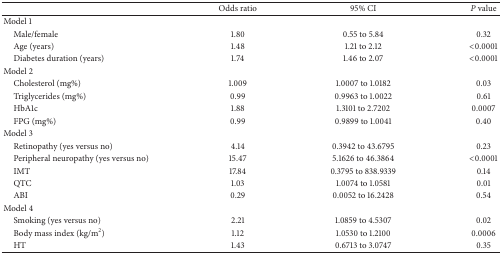
|  | Odds ratio | 95% CI | P value |
 | --- | --- | --- | --- |
 | Model 1 |  |  |  |
 | Male/female | 1.80 | 0.55 to 5.84 | 0.32 |
 | Age (years) | 1.48 | 1.21 to 2.12 | <0.0001 |
 | Diabetes duration (years) | 1.74 | 1.46 to 2.07 | <0.0001 |
 | Model 2 |  |  |  |
 | Cholesterol (mg%) | 1.009 | 1.0007 to 1.0182 | 0.03 |
 | Triglycerides (mg%) | 0.99 | 0.9963 to 1.0022 | 0.61 |
 | HbA1c | 1.88 | 1.3101 to 2.7202 | 0.0007 |
 | FPG (mg%) | 0.99 | 0.9899 to 1.0041 | 0.40 |
 | Model 3 |  |  |  |
 | Retinopathy (yes versus no) | 4.14 | 0.3942 to 43.6795 | 0.23 |
 | Peripheral neuropathy (yes versus no) | 15.47 | 5.1626 to 46.3864 | <0.0001 |
 | IMT | 17.84 | 0.3795 to 838.9339 | 0.14 |
 | QTC | 1.03 | 1.0074 to 1.0581 | 0.01 |
 | ABI | 0.29 | 0.0052 to 16.2428 | 0.54 |
 | Model 4 |  |  |  |
 | Smoking (yes versus no) | 2.21 | 1.0859 to 4.5307 | 0.02 |
 | Body mass index (kg/m2) | 1.12 | 1.0530 to 1.2100 | 0.0006 |
 | HT | 1.43 | 0.6713 to 3.0747 | 0.35 |